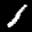
Label: 1